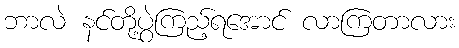
ဘာလဲ နင်တို့ပွဲကြည့်ရအောင် လာကြတာလား